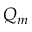
Q _ { m }